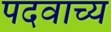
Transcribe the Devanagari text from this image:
पदवाच्य